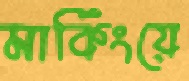
মার্কিংয়ে